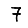
Digit: 7